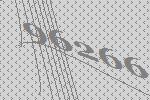
96266